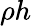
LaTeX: \rho h